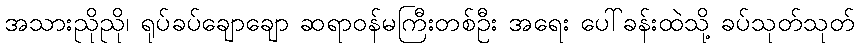
အသားညိုညို၊ ရုပ်ခပ်ချောချော ဆရာဝန်မကြီးတစ်ဦး အရေး ပေါ်ခန်းထဲသို့ ခပ်သုတ်သုတ်